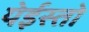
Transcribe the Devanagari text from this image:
येईस्तो